Indian journal of veterinary science and animal husbandry - Volumes 18-21, 1948-1951
Year: 1948
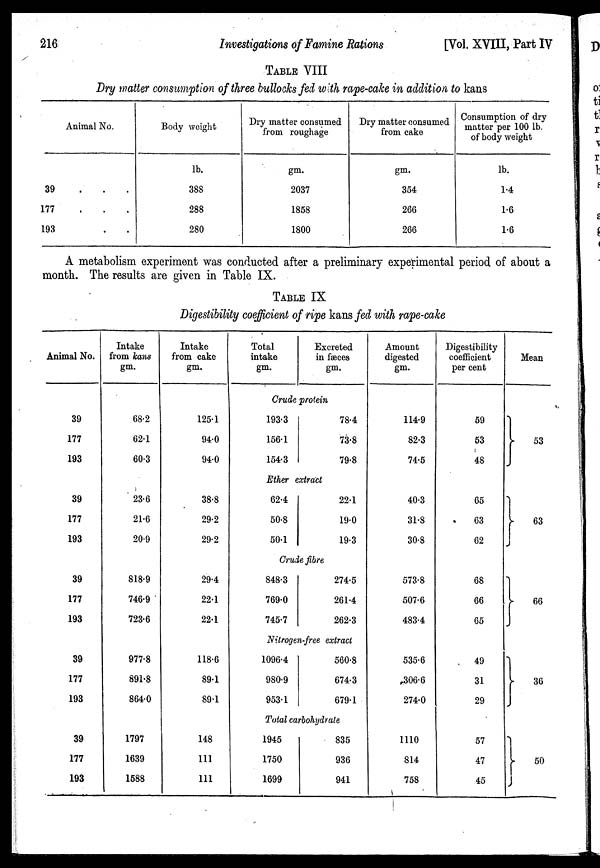
216
Investigations of Famine Rations
[Vol. XVIII, Part IV
TABLE VIII
Dry matter consumption of three bullocks fed with rape-cake in addition to kans
Animal No.
39 ...
177
...
193 ...
Body weight
lb.
388
288
280
Dry matter consumed
from roughage
gm.
2037
1858
1800
Dry matter consumed
from cake
gm.
354
266
266
Consumption of dry
matter per 100 lb.
of body weight
lb.
1.4
1.6
1.6
A metabolism experiment was conducted after a preliminary experimental period of about a
month. The results are given in Table IX.
TABLE IX
Digestibility coefficient of ripe kans fed with rape-cake
Animal No.
39
177
193
39
177
193
39
177
193
39
177
193
39
177
193
Intake
from kans
gm.
68.2
62.1
60.3
23.6
21.6
20.9
818.9
746.9
723.6
977.8
891.8
864.0
1797
1639
1588
Intake
from cake
gm.
125.1
94.0
94.0
38.8
29.2
29.2
29.4
22.1
22.1
118.6
89.1
89.1
148
111
111
Total
intake
gm.
Excreted
in feces
gm.
Crude protein
193.3
156.1
154.3
78.4
73.8
79.8
Ether extract
62.4
50.8
50.1
22.1
19.0
19.3
Crude fibre
848.3
769.0
745.7
274.5
261.4
262.3
Nitrogen-free extract
1096.4
980.9
953.1
560.8
674.3
679.1
Total carbohydrate
1945
1750
1699
835
936
941
Amount
digested
gm.
114.9
82.3
74.5
40.3
31.8
30.8
573.8
507.6
483.4
535.6
306.6
274.0
1110
814
758
Digestibility
coefficient
per cent
59
53
48
65
63
62
68
66
65
49
31
29
57
47
45
Mean
53
63
66
36
50